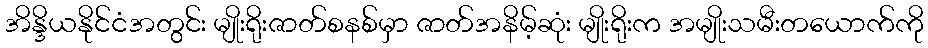
အိန္ဒိယနိုင်ငံအတွင်း မျိုးရိုးဇာတ်စနစ်မှာ ဇာတ်အနိမ့်ဆုံး မျိုးရိုးက အမျိုးသမီးတယောက်ကို